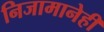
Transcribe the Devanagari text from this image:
निजामानेही